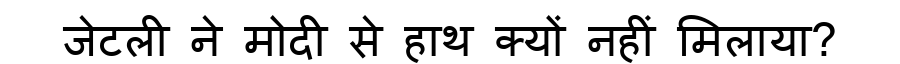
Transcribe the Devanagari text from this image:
जेटली ने मोदी से हाथ क्यों नहीं मिलाया?